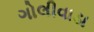
ગોલીવાડા